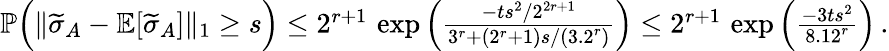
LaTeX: \begin{array}{r}{\mathbb{P}\Big(\| \widetilde{\sigma}_{A}-\mathbb{E}[\widetilde{\sigma}_{A}]\| _{1}\ge s\Big)\le 2^{r+1}\, \exp\left(\frac{-ts^{2}/2^{2r+1}}{3^{r}+(2^{r}+1)s/(3.2^{r})}\right)\le 2^{r+1}\, \exp\Big(\frac{-3ts^{2}}{8.12^{r}}\Big)\, .}\end{array}